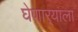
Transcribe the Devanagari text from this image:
घेणार्‍याला